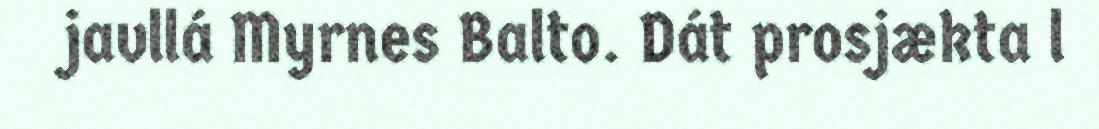
javllá Myrnes Balto. Dát prosjækta l